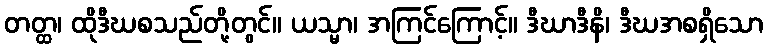
တတ္ထ၊ ထိုဒီဃစသည်တို့တွင်။ ယသ္မာ၊ အကြင်ကြောင့်။ ဒီဃာဒီနိ၊ ဒီဃအစရှိသော